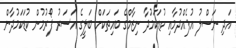
އަދި ނަސްލު އުފެއްދުމާއި ކުޑަކަމުދާ ނިޒާމްގެ ބައިތަކަށް ބަލީގެ އަސަރު ފޯރުމުން ކުޑަކަމުދާން